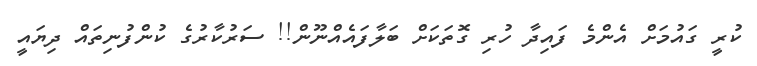
ކުރީ ގައުމަށް އެންމެ ފައިދާ ހުރި ގޮތަކަށް ބަލާފައެއްނޫން!! ސަރުކާރުގެ ކުންފުނިތައް ދިޔައީ